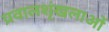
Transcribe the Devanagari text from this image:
प्रवालशृंखलाओं